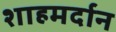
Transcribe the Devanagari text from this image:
शाहमर्दान